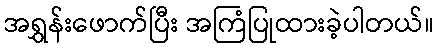
အရွှန်းဖောက်ပြီး အကြံပြုထားခဲ့ပါတယ်။